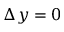
\Delta y = 0